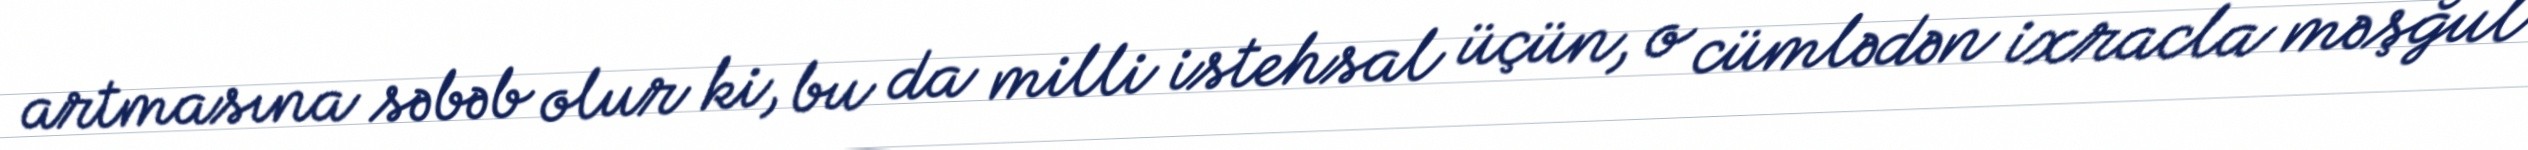
artmasına səbəb olur ki, bu da milli istehsal üçün, o cümlədən ixracla məşğul